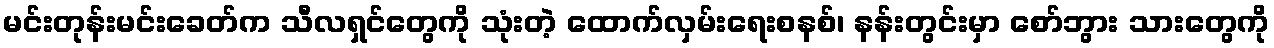
မင်းတုန်းမင်းခေတ်က သီလရှင်တွေကို သုံးတဲ့ ထောက်လှမ်းရေးစနစ်၊ နန်းတွင်းမှာ စော်ဘွား သားတွေကို